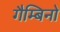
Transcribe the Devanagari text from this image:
गैम्बिनो